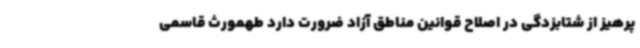
پرهیز از شتابزدگی در اصلاح قوانین مناطق آزاد ضرورت دارد طهمورث قاسمی